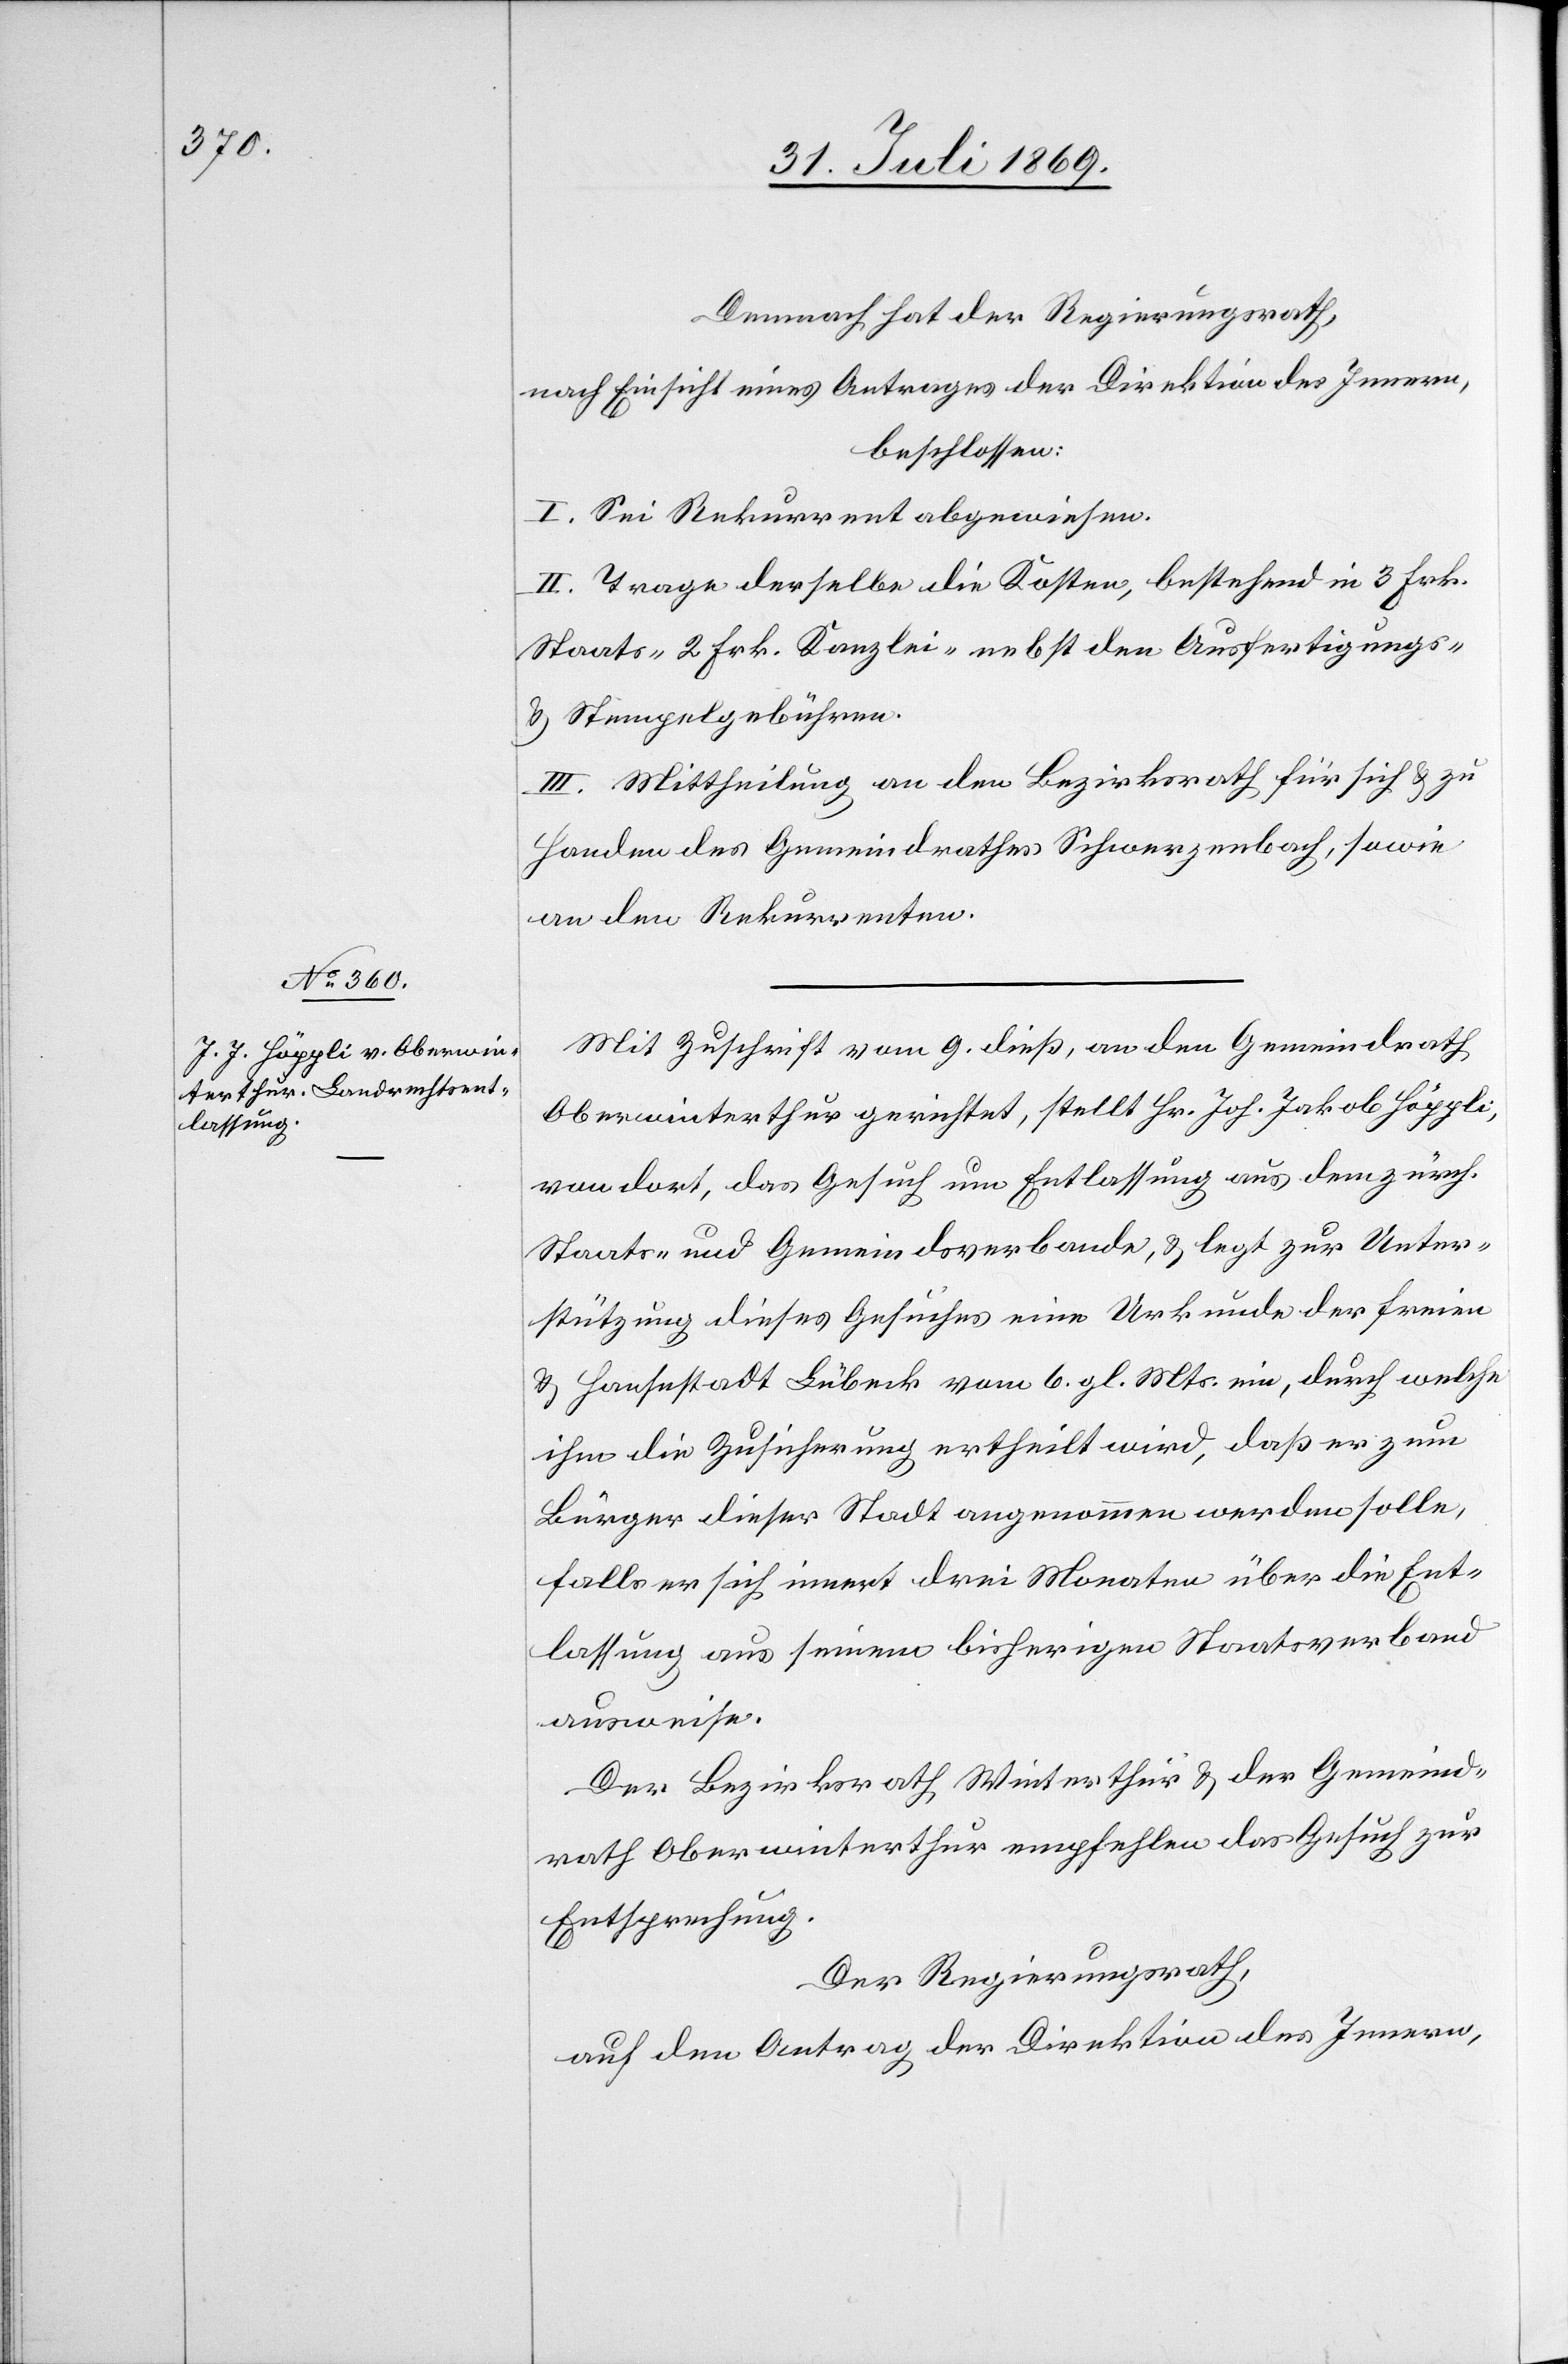
Dennoch hat der Regierungsrath,
nach Einsicht eines Antrages der Direktion des Innern,
beschlossen:
I. Sei Rekurrent abgewiesen.
II. Trage derselbe die Kosten, bestehend in 3 Frk.
Staats-[,] 2 Frk. Kanzlei- nebst den Ausfertigungs-
u. Stempelgebühren.
III. Mittheilung an den Bezirksrath für sich u. zu
Handen des Gemeindrathes Schwerzenbach, sowie
an den Rekurrenten.
Mit Zuschrift vom 9 dies, an den Gemeindrath
Oberwinterthur gerichtet, stellt Hr Joh. Jakob Höppli,
von dort, das Gesuch um Entlassung aus dem zürch.
Staats- und Gemeindsverbande, u. legt zur Unter¬
stützung dieses Gesuches eine Urkunde der freien
u. Hafenstadt Lübeck vom 6 gl. Mts. ein, durch welche
ihm die Zusicherung ertheilt wird, daß er zum
Bürger dieser Stadt angenommen werden solle,
falls er sich innert drei Monaten über die Ent¬
lassung aus seinem bisherigen Staatsverbande
ausweise.
Der Bezirksrath Winterthur u. der Gemeind¬
rath Oberwinterthur empfehlen das Gesuch zur
Entsprechung.
Der Regierungsrath,
auf den Antrag der Direktion des Innern,